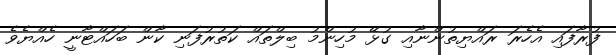
ފުރާފައި އެހެރަ ރައްޔިތުންނާއި ގުޅޭ މުހިންމު ބިލްތައް ކަތުރުފަނި ކާން ބަހައްޓާނީ ހެއްޔެވެ